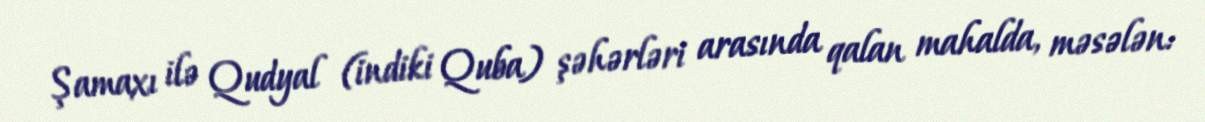
Şamaxı ilə Qudyal (indiki Quba) şəhərləri arasında qalan mahalda, məsələn: